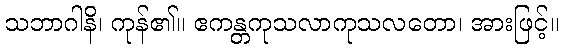
သဘာဂါနိ၊ ကုန်၏။ ဧကန္တကုသလာကုသလတော၊ အားဖြင့်။